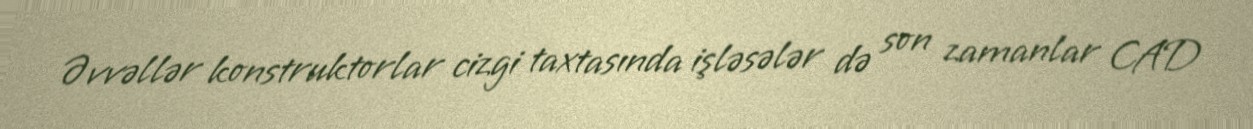
Əvvəllər konstruktorlar cizgi taxtasında işləsələr də son zamanlar CAD